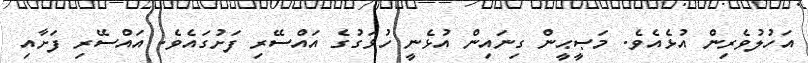
އަހުލުވެރިން އުޅެއެވެ. މަޞީޙީން ގިނައިން އުޅެނީ ހުޅަގުގެ އައްސޭރި ފަށުގައެވެ. އައްސޭރި ފަށާއި